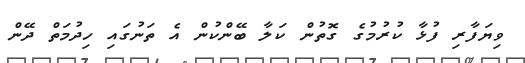
ވިޔަފާރި ފުޅާ ކުރުމުގެ ގޮތުން ކަލާ ބޭންކުން އެ ތަނުގައި ހިދުމަތް ދޭން